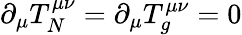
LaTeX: \partial_{\mu}T_{N}^{\mu\nu}=\partial_{\mu}T_{g}^{\mu\nu}=0